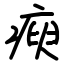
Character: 瘐